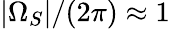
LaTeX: |\Omega_{S}|/(2\pi)\approx 1